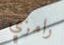
رامزي